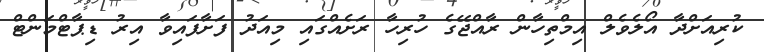
ކުރިއަށްދާ އޯލެވެލް އިމްތިހާން ރާއްޖޭގެ ހުރިހާ ރަށެއްގައި މިއަދު ފަށާފައިވާ އިރު ޑިޕާޓްމަންޓް